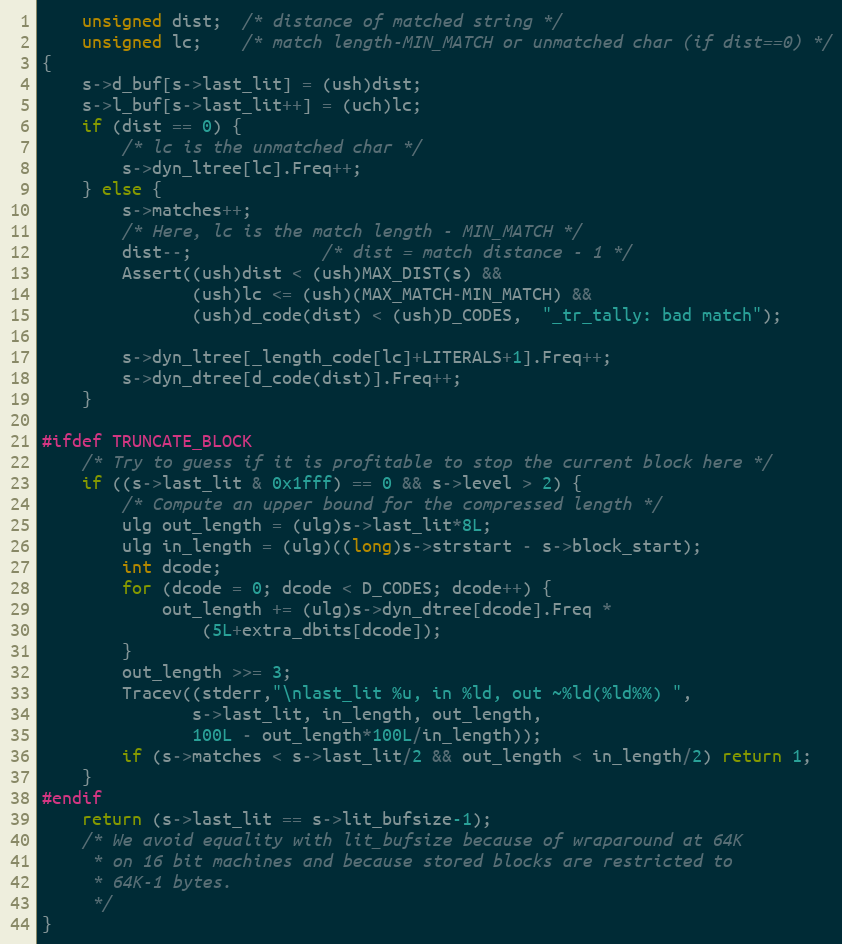
Language: C
    unsigned dist;  /* distance of matched string */
    unsigned lc;    /* match length-MIN_MATCH or unmatched char (if dist==0) */
{
    s->d_buf[s->last_lit] = (ush)dist;
    s->l_buf[s->last_lit++] = (uch)lc;
    if (dist == 0) {
        /* lc is the unmatched char */
        s->dyn_ltree[lc].Freq++;
    } else {
        s->matches++;
        /* Here, lc is the match length - MIN_MATCH */
        dist--;             /* dist = match distance - 1 */
        Assert((ush)dist < (ush)MAX_DIST(s) &&
               (ush)lc <= (ush)(MAX_MATCH-MIN_MATCH) &&
               (ush)d_code(dist) < (ush)D_CODES,  "_tr_tally: bad match");

        s->dyn_ltree[_length_code[lc]+LITERALS+1].Freq++;
        s->dyn_dtree[d_code(dist)].Freq++;
    }

#ifdef TRUNCATE_BLOCK
    /* Try to guess if it is profitable to stop the current block here */
    if ((s->last_lit & 0x1fff) == 0 && s->level > 2) {
        /* Compute an upper bound for the compressed length */
        ulg out_length = (ulg)s->last_lit*8L;
        ulg in_length = (ulg)((long)s->strstart - s->block_start);
        int dcode;
        for (dcode = 0; dcode < D_CODES; dcode++) {
            out_length += (ulg)s->dyn_dtree[dcode].Freq *
                (5L+extra_dbits[dcode]);
        }
        out_length >>= 3;
        Tracev((stderr,"\nlast_lit %u, in %ld, out ~%ld(%ld%%) ",
               s->last_lit, in_length, out_length,
               100L - out_length*100L/in_length));
        if (s->matches < s->last_lit/2 && out_length < in_length/2) return 1;
    }
#endif
    return (s->last_lit == s->lit_bufsize-1);
    /* We avoid equality with lit_bufsize because of wraparound at 64K
     * on 16 bit machines and because stored blocks are restricted to
     * 64K-1 bytes.
     */
}